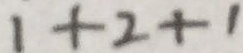
1 + 2 + 1